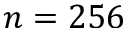
n = 2 5 6